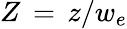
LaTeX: Z\, =\, z/w_{e}